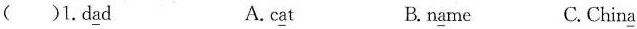
( )1.d\underline{a}d A. c\underline{a}t B.n\underline{a}me C. Chin\underline{a}